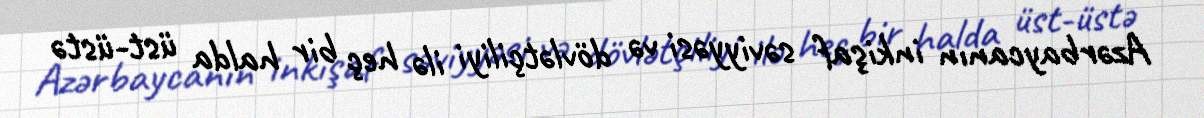
Azərbaycanın inkişaf səviyyəsi və dövlətçiliyi ilə heç bir halda üst-üstə